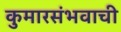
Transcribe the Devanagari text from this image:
कुमारसंभवाची